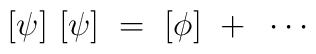
[\psi]~[\psi]~=~[\phi]~+~\cdots